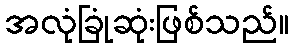
အလုံခြုံဆုံးဖြစ်သည်။